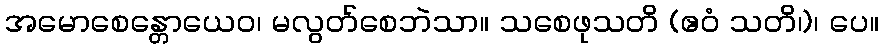
အမောစေန္တောယေဝ၊ မလွတ်စေဘဲသာ။ သစေဖုသတိ (ဧဝံ သတိ၊)၊ ပေ။